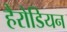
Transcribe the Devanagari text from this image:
हैरोडियन